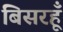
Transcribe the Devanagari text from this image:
बिसरहूँ